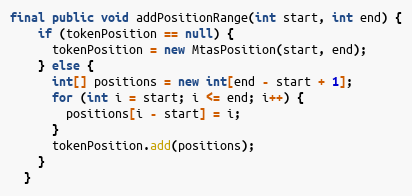
Language: Java
final public void addPositionRange(int start, int end) {
    if (tokenPosition == null) {
      tokenPosition = new MtasPosition(start, end);
    } else {
      int[] positions = new int[end - start + 1];
      for (int i = start; i <= end; i++) {
        positions[i - start] = i;
      }
      tokenPosition.add(positions);
    }
  }